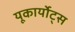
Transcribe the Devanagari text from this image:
यूकार्योट्स